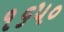
૧૬૫૦